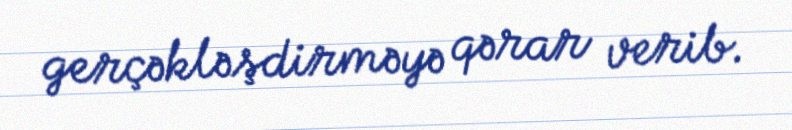
gerçəkləşdirməyə qərar verib.